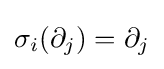
\sigma _{i}(\partial _{j})=\partial _{j}